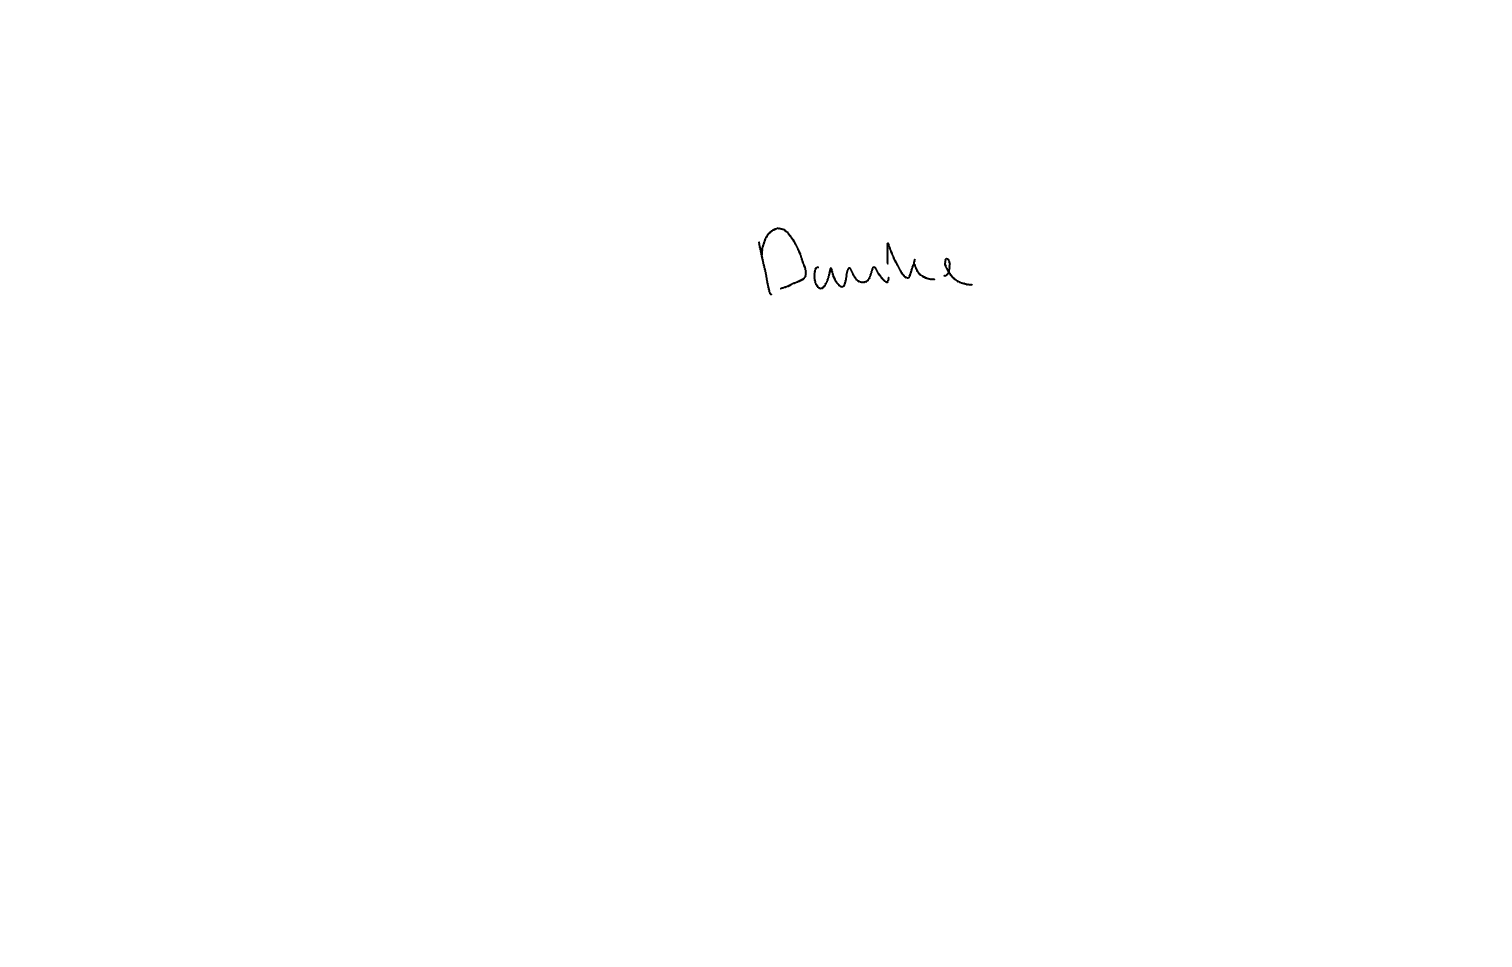
Text: Danke